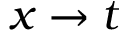
x \rightarrow t